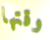
وقتها